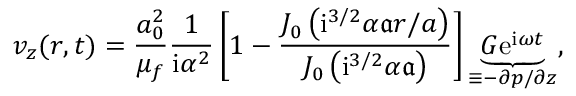
v _ { z } ( r , t ) = \frac { a _ { 0 } ^ { 2 } } { \mu _ { f } } \frac { 1 } { \mathrm { i } \alpha ^ { 2 } } \left[ 1 - \frac { J _ { 0 } \left( \mathrm { i } ^ { 3 / 2 } { \alpha } \mathfrak { a } r / a \right) } { J _ { 0 } \left( \mathrm { i } ^ { 3 / 2 } { \alpha } \mathfrak { a } \right) } \right] \underbrace { G \mathrm { e } ^ { \mathrm { i } \omega t } } _ { \equiv - \partial p / \partial z } ,